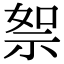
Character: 𥙦